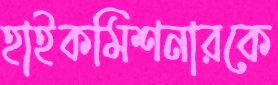
হাইকমিশনারকে